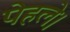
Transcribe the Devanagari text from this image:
पेहले।